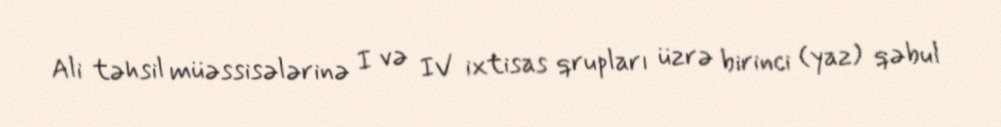
Ali təhsil müəssisələrinə I və IV ixtisas qrupları üzrə birinci (yaz) qəbul